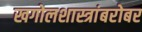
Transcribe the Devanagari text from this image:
खगोलशास्त्रांबरोबर